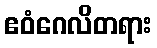
ဧဝံဂေလိတရား